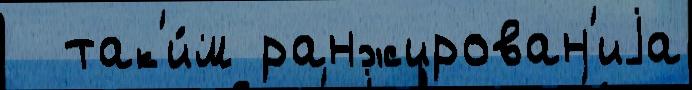
  так'и́м ранжирован'иjа